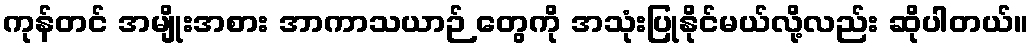
ကုန်တင် အမျိုးအစား အာကာသယာဉ် တွေကို အသုံးပြုနိုင်မယ်လို့လည်း ဆိုပါတယ်။